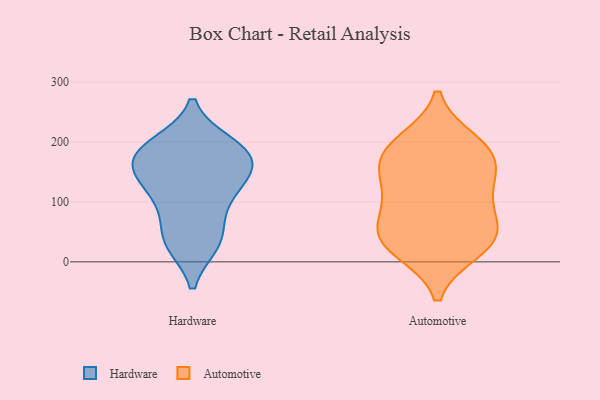
{"axis": {"x": "Shipments", "y": "Value"}, "legend": ["Automotive", "Hardware"], "data": [{"x": "", "y": 194, "type": "Hardware"}, {"x": "", "y": 172, "type": "Hardware"}, {"x": "", "y": 34, "type": "Hardware"}, {"x": "", "y": 36, "type": "Hardware"}, {"x": "", "y": 128, "type": "Hardware"}, {"x": "", "y": 82, "type": "Hardware"}, {"x": "", "y": 196, "type": "Hardware"}, {"x": "", "y": 31, "type": "Hardware"}, {"x": "", "y": 106, "type": "Hardware"}, {"x": "", "y": 133, "type": "Hardware"}, {"x": "", "y": 172, "type": "Hardware"}, {"x": "", "y": 169, "type": "Hardware"}, {"x": "", "y": 145, "type": "Hardware"}, {"x": "", "y": 185, "type": "Hardware"}, {"x": "", "y": 21, "type": "Automotive"}, {"x": "", "y": 54, "type": "Automotive"}, {"x": "", "y": 31, "type": "Automotive"}, {"x": "", "y": 199, "type": "Automotive"}, {"x": "", "y": 39, "type": "Automotive"}, {"x": "", "y": 171, "type": "Automotive"}, {"x": "", "y": 181, "type": "Automotive"}, {"x": "", "y": 105, "type": "Automotive"}, {"x": "", "y": 55, "type": "Automotive"}, {"x": "", "y": 184, "type": "Automotive"}, {"x": "", "y": 138, "type": "Automotive"}, {"x": "", "y": 117, "type": "Automotive"}]}